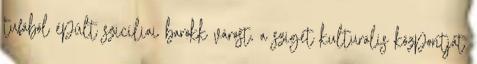
tufából épült szicíliai barokk várost, a sziget kulturális központját